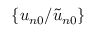
\{ { u _ { n 0 } } / { \widetilde u _ { n 0 } } \}